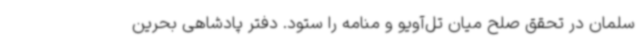
سلمان در تحقق صلح میان تل‌آویو و منامه را ستود. دفتر پادشاهی بحرین